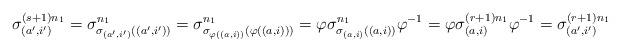
LaTeX: \begin{align*} \sigma_{(a',i')}^{(s+1)n_1}= \sigma_{\sigma_{(a',i')}((a',i'))}^{n_1}= \sigma_{\sigma_{\varphi((a,i))}(\varphi((a,i)))}^{n_1}= \varphi\sigma_{\sigma_{(a,i)}((a,i))}^{n_1}\varphi^{-1}=\varphi\sigma_{(a,i)}^{(r+1)n_1}\varphi^{-1}=\sigma_{(a',i')}^{(r+1)n_1} \end{align*}